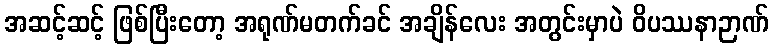
အဆင့်ဆင့် ဖြစ်ပြီးတော့ အရုဏ်မတက်ခင် အချိန်လေး အတွင်းမှာပဲ ဝိပဿနာဉာဏ်